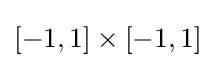
[-1,1]\times [-1,1]